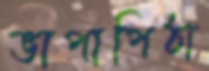
ভাপাপিঠা